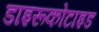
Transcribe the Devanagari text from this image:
डाइरूकोटाइड